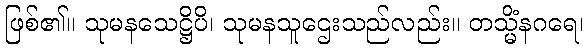
ဖြစ်၏။ သုမနသေဋ္ဌိပိ၊ သုမနသူဌေးသည်လည်း။ တသ္မိံနဂရေ၊